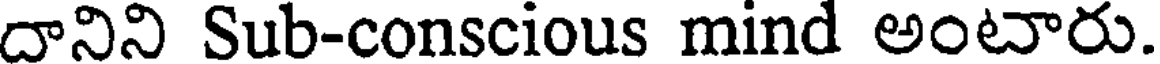
దానిని Sub-conscious mind అంటారు.